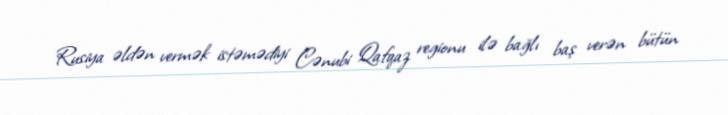
Rusiya əldən vermək istəmədiyi Cənubi Qafqaz regionu ilə bağlı baş verən bütün